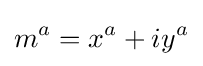
m^{a}=x^{a}+iy^{a}